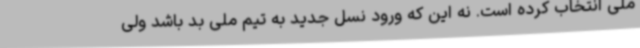
ملی انتخاب کرده است. نه این که ورود نسل جدید به تیم ملی بد باشد ولی